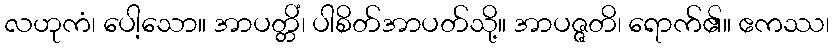
လဟုကံ၊ ပေါ့သော။ အာပတ္တိံ၊ ပါစိတ်အာပတ်သို့။ အာပဇ္ဇတိ၊ ရောက်၏။ ဧကဿ၊